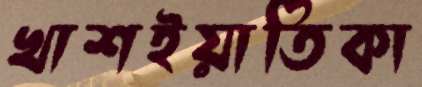
খাশইয়াতিকা